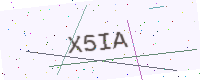
Text: X5IA